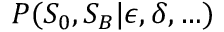
P ( S _ { 0 } , S _ { B } | \epsilon , \delta , \ldots )